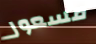
مسعور